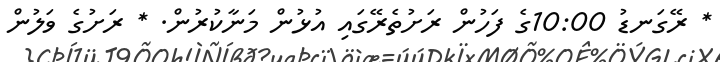
* ރޭގަނޑު 10:00ގެ ފަހުން ރަށުތެރޭގައި އުޅުން މަނާކުރުން. * ރަށުގެ ވަލުން